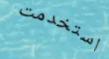
استخدمت